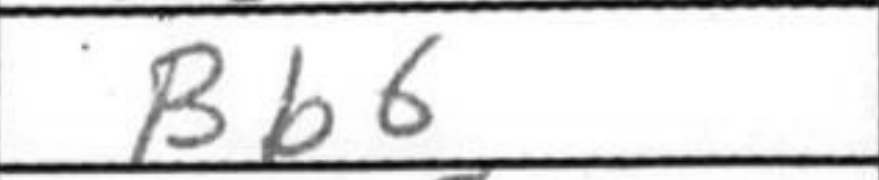
Transcription: Bb6